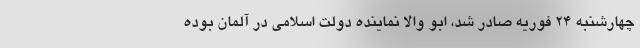
چهارشنبه ۲۴ فوریه صادر شد، ابو والا نماینده دولت اسلامی در آلمان بوده